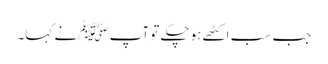
جب سب اکٹھے ہوچکے تو آپ ﷺنے کہا۔